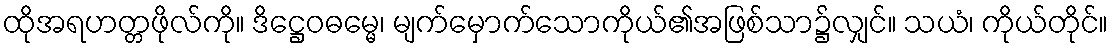
ထိုအရဟတ္တဖိုလ်ကို။ ဒိဋ္ဌေဝဓမ္မေ၊ မျက်မှောက်သောကိုယ်၏အဖြစ်သာ၌လျှင်။ သယံ၊ ကိုယ်တိုင်။